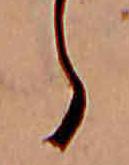
ら